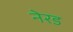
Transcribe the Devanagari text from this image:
नेरड